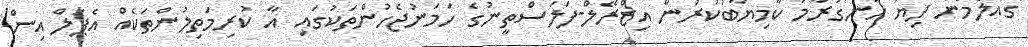
ގެއްލެމުން ދިޔަ ހަނގުރާމަ ކާމިޔާބުކުރުން އިޒްރޭލް-ފަލަސްތީނުގެ ހަމަނުޖެހުންތަކުގައި އާ ކުރިމަތިލުންތަކެއް އެޕަލް އިން